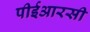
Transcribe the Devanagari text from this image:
पीईआरसी